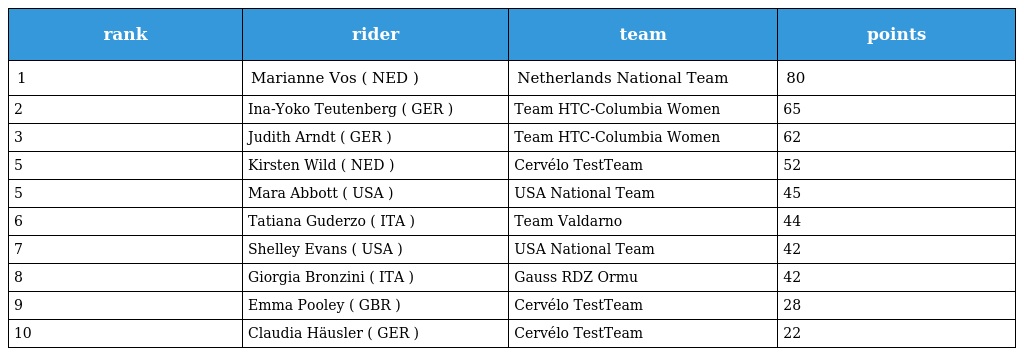
| rank | rider | team | points |
 | --- | --- | --- | --- |
 | 1 | Marianne Vos ( NED ) | Netherlands National Team | 80 |
 | 2 | Ina-Yoko Teutenberg ( GER ) | Team HTC-Columbia Women | 65 |
 | 3 | Judith Arndt ( GER ) | Team HTC-Columbia Women | 62 |
 | 5 | Kirsten Wild ( NED ) | Cervélo TestTeam | 52 |
 | 5 | Mara Abbott ( USA ) | USA National Team | 45 |
 | 6 | Tatiana Guderzo ( ITA ) | Team Valdarno | 44 |
 | 7 | Shelley Evans ( USA ) | USA National Team | 42 |
 | 8 | Giorgia Bronzini ( ITA ) | Gauss RDZ Ormu | 42 |
 | 9 | Emma Pooley ( GBR ) | Cervélo TestTeam | 28 |
 | 10 | Claudia Häusler ( GER ) | Cervélo TestTeam | 22 |